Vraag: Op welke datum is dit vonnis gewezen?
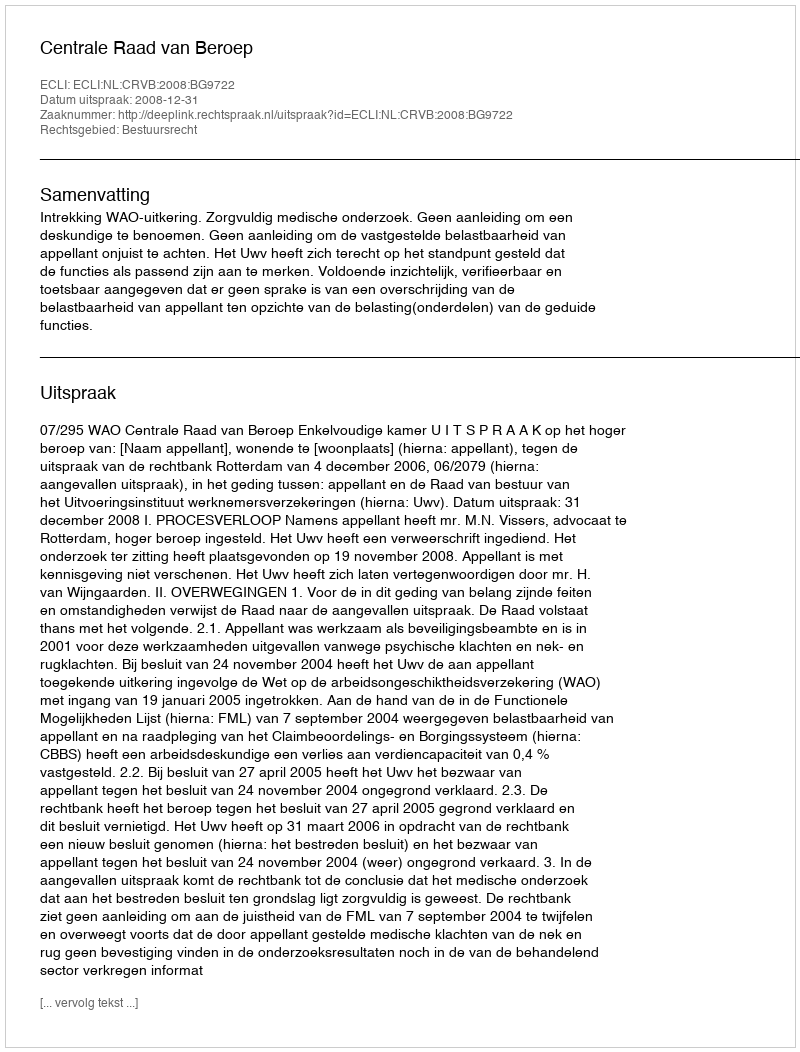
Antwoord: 2008-12-31